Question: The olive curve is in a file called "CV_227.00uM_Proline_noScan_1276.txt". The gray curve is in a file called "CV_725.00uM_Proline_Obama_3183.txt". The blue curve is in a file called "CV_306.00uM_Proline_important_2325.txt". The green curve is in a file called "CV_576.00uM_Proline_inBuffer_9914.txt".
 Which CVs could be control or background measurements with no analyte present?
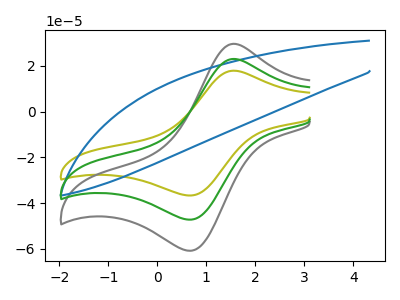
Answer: <think>The olive curve "Proline_227.00uM" has an anodic peak at (1.55V, 17.85uA) and a cathodic peak at (0.70V, -36.70uA). The gray curve "Proline_725.00uM" has an anodic peak at (1.55V, 45.95uA) and a cathodic peak at (0.70V, -94.45uA). The blue curve "Proline_306.00uM" has no peaks. The green curve "Proline_576.00uM" has an anodic peak at (1.55V, 23.00uA) and a cathodic peak at (0.70V, -47.20uA).</think>
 <answer>"Proline_306.00uM" is likely to be a blank.</answer>
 <eval>Proline_306.00uM</eval>